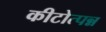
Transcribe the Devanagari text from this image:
कीटोत्पन्न